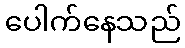
ပေါက်နေသည်